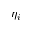
\eta _ { i }